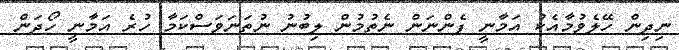
ނިދިން ހޭލެވުމާއެކު އަމާނީ ފެންނަން ނެތުމުން ލިބުނު ނުތަނަވަސްކަމާ ހުރެ އަމާނީ ހޯދަން